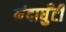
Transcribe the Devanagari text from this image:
नंदाघुँटी